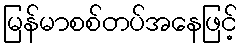
မြန်မာစစ်တပ်အနေဖြင့်